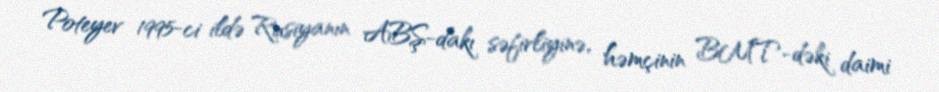
Poteyev 1995-ci ildə Rusiyanın ABŞ-dakı səfirliyinə, həmçinin BMT-dəki daimi